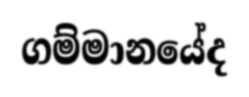
ගම්මානයේද